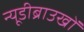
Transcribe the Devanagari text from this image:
न्यूडीब्राउखों